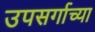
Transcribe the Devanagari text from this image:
उपसर्गाच्या